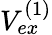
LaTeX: V_{ex}^{(1)}